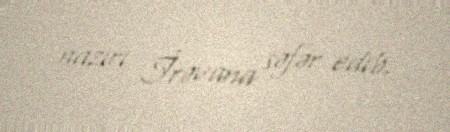
naziri İrəvana səfər edib.